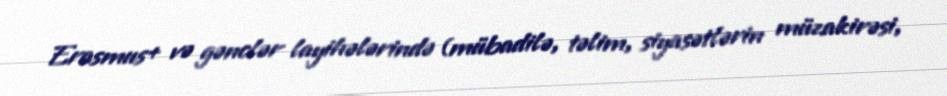
Erasmus+ və gənclər layihələrində (mübadilə, təlim, siyasətlərin müzakirəsi,